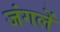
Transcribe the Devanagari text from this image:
जंगलें